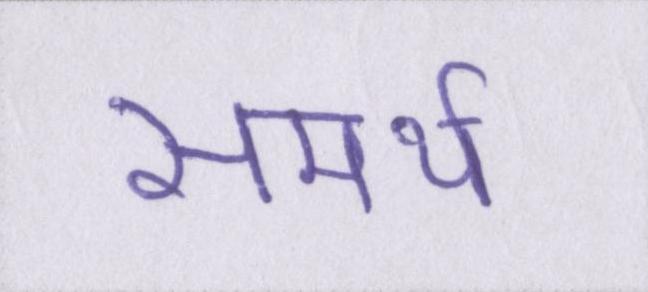
समर्थ